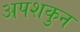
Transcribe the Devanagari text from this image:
अपशकुुन